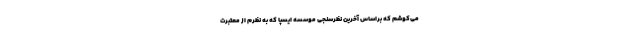
می‌کوشم که براساس آخرین نظرسنجی موسسه ایسپا که به نظرم ‌از معتبرت